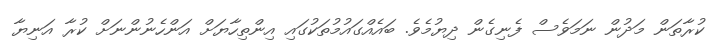
ކުރާތަން މަދުން ނަމަވެސް ފެނިގެން ދިޔުމެވެ. ބައެއްގައުމުތަކުގައި އިންތިހާޔަށް އަންހެނުންނަށް ކުރާ އަނިޔާ